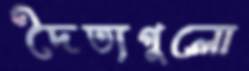
দৈত্যগুলো